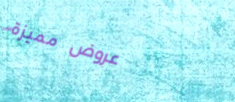
عروض مميزة